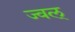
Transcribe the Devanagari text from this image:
ज्वल्